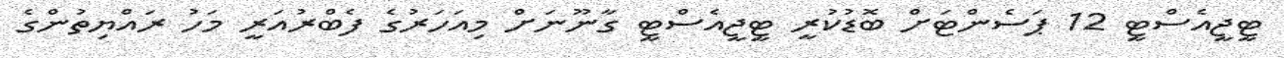
ޓީޖީއެސްޓީ 12 ޕަސެންޓަށް ބޮޑުކުރީ ޓީޖީއެސްޓީ ގާނޫނަށް މިއަހަރުގެ ފެބްރުއަރީ މަހު ރައްޔިތުންގެ